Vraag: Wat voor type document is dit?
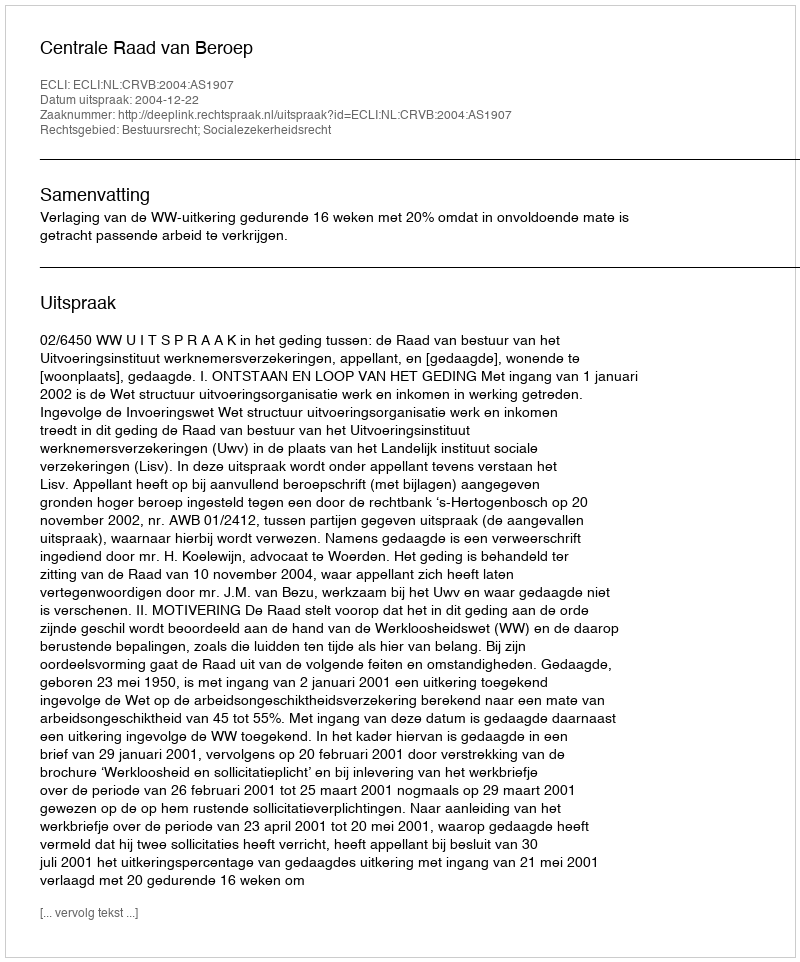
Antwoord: Uitspraak